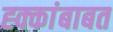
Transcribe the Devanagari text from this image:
ह्क्कांबाबत